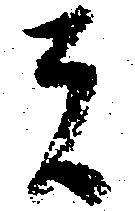
は